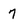
Character: 7